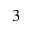
^ 3